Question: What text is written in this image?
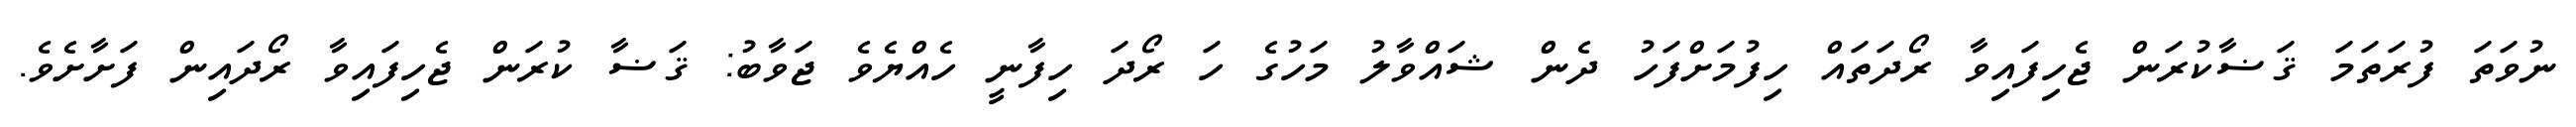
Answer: ނުވަތަ ފުރަތަމަ ޤަޟާކުރަން ޖެހިފައިވާ ރޯދަތައް ހިފުމަށްފަހު ދެން ޝައްވާލު މަހުގެ ހަ ރޯދަ ހިފާނީ ހެއްޔެވެ ޖަވާބު: ޤަޟާ ކުރަން ޖެހިފައިވާ ރޯދައިން ފަށާށެވެ.